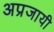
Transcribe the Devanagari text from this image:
अप्रजायी